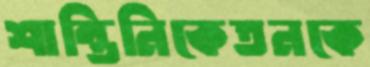
শান্তিনিকেতনকে